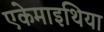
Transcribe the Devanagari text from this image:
एकेमाइथिया